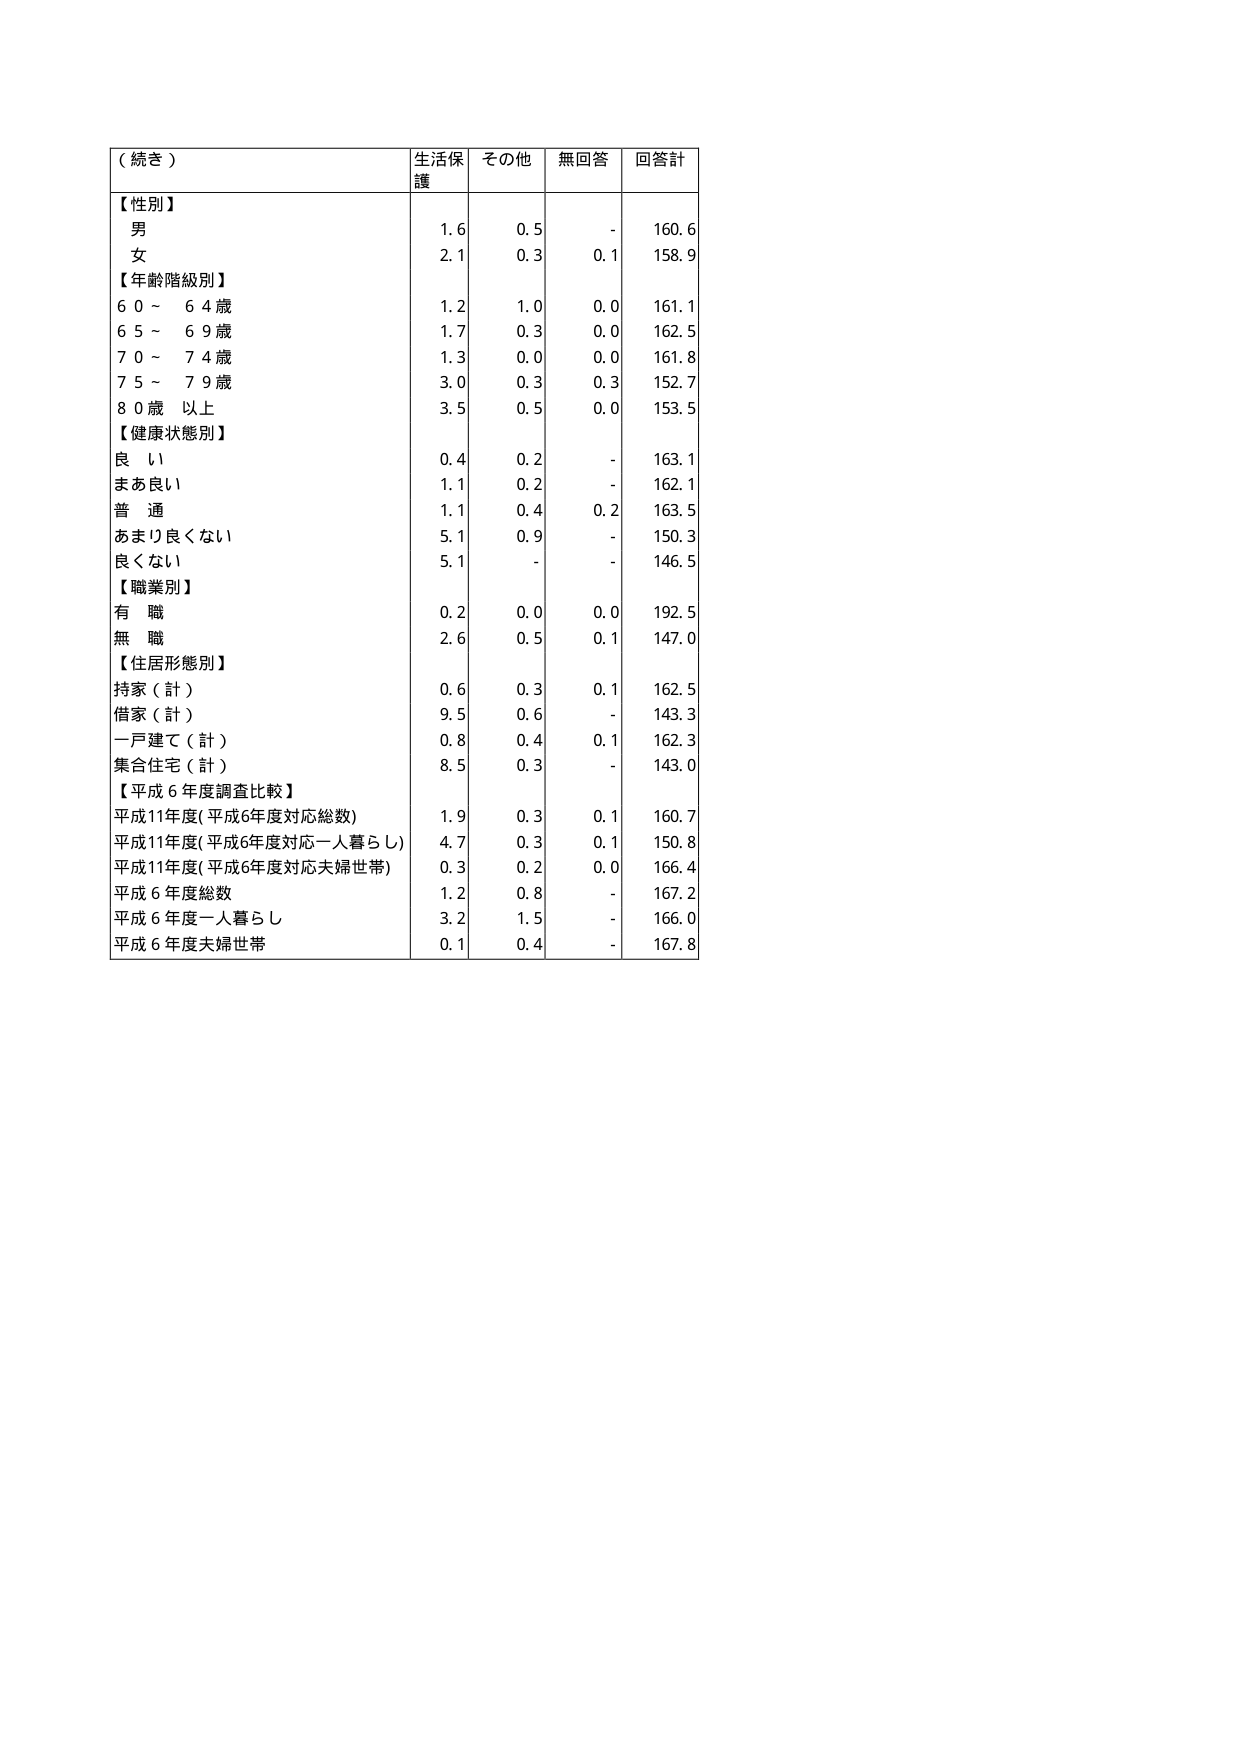
（続き）
【性別】
男
女
【年齢階級別】
60～64歳
65～69歳
70～74歳
75～79歳
80歳以上
【健康状態別】
良い
まあ良い
普通
あまり良くない
良くない
【職業別】
有職
無職
【住居形態別】
持家（計）
借家（計）
一戸建て（計）
集合住宅（計）
【平成6年度調査比較】
平成11年度(平成6年度対応総数)
平成11年度(平成6年度対応一人暮らし)
平成11年度(平成6年度対応夫婦世帯)
平成6年度総数
平成6年度一人暮らし
平成6年度夫婦世帯
生活保護
1.6
2.1
1.2
1.7
1.3
3.0
3.5
0.4
1.1
1.1
5.1
5.1
0.2
2.6
0.6
9.5
0.8
8.5
1.9
4.7
0.3
1.2
3.2
0.1
その他
0.5
0.3
1.0
0.3
0.0
0.3
0.5
0.2
0.2
0.4
0.9
-
0.0
0.5
0.3
0.6
0.4
0.3
0.3
0.3
0.2
0.8
1.5
0.4
無回答
-
0.1
0.0
0.0
0.0
0.3
0.0
-
-
0.2
-
-
0.0
0.1
0.1
-
0.1
-
0.1
0.1
0.0
-
-
-
回答計
160.6
158.9
161.1
162.5
161.8
152.7
153.5
163.1
162.1
163.5
150.3
146.5
192.5
147.0
162.5
143.3
162.3
143.0
160.7
150.8
166.4
167.2
166.0
167.8